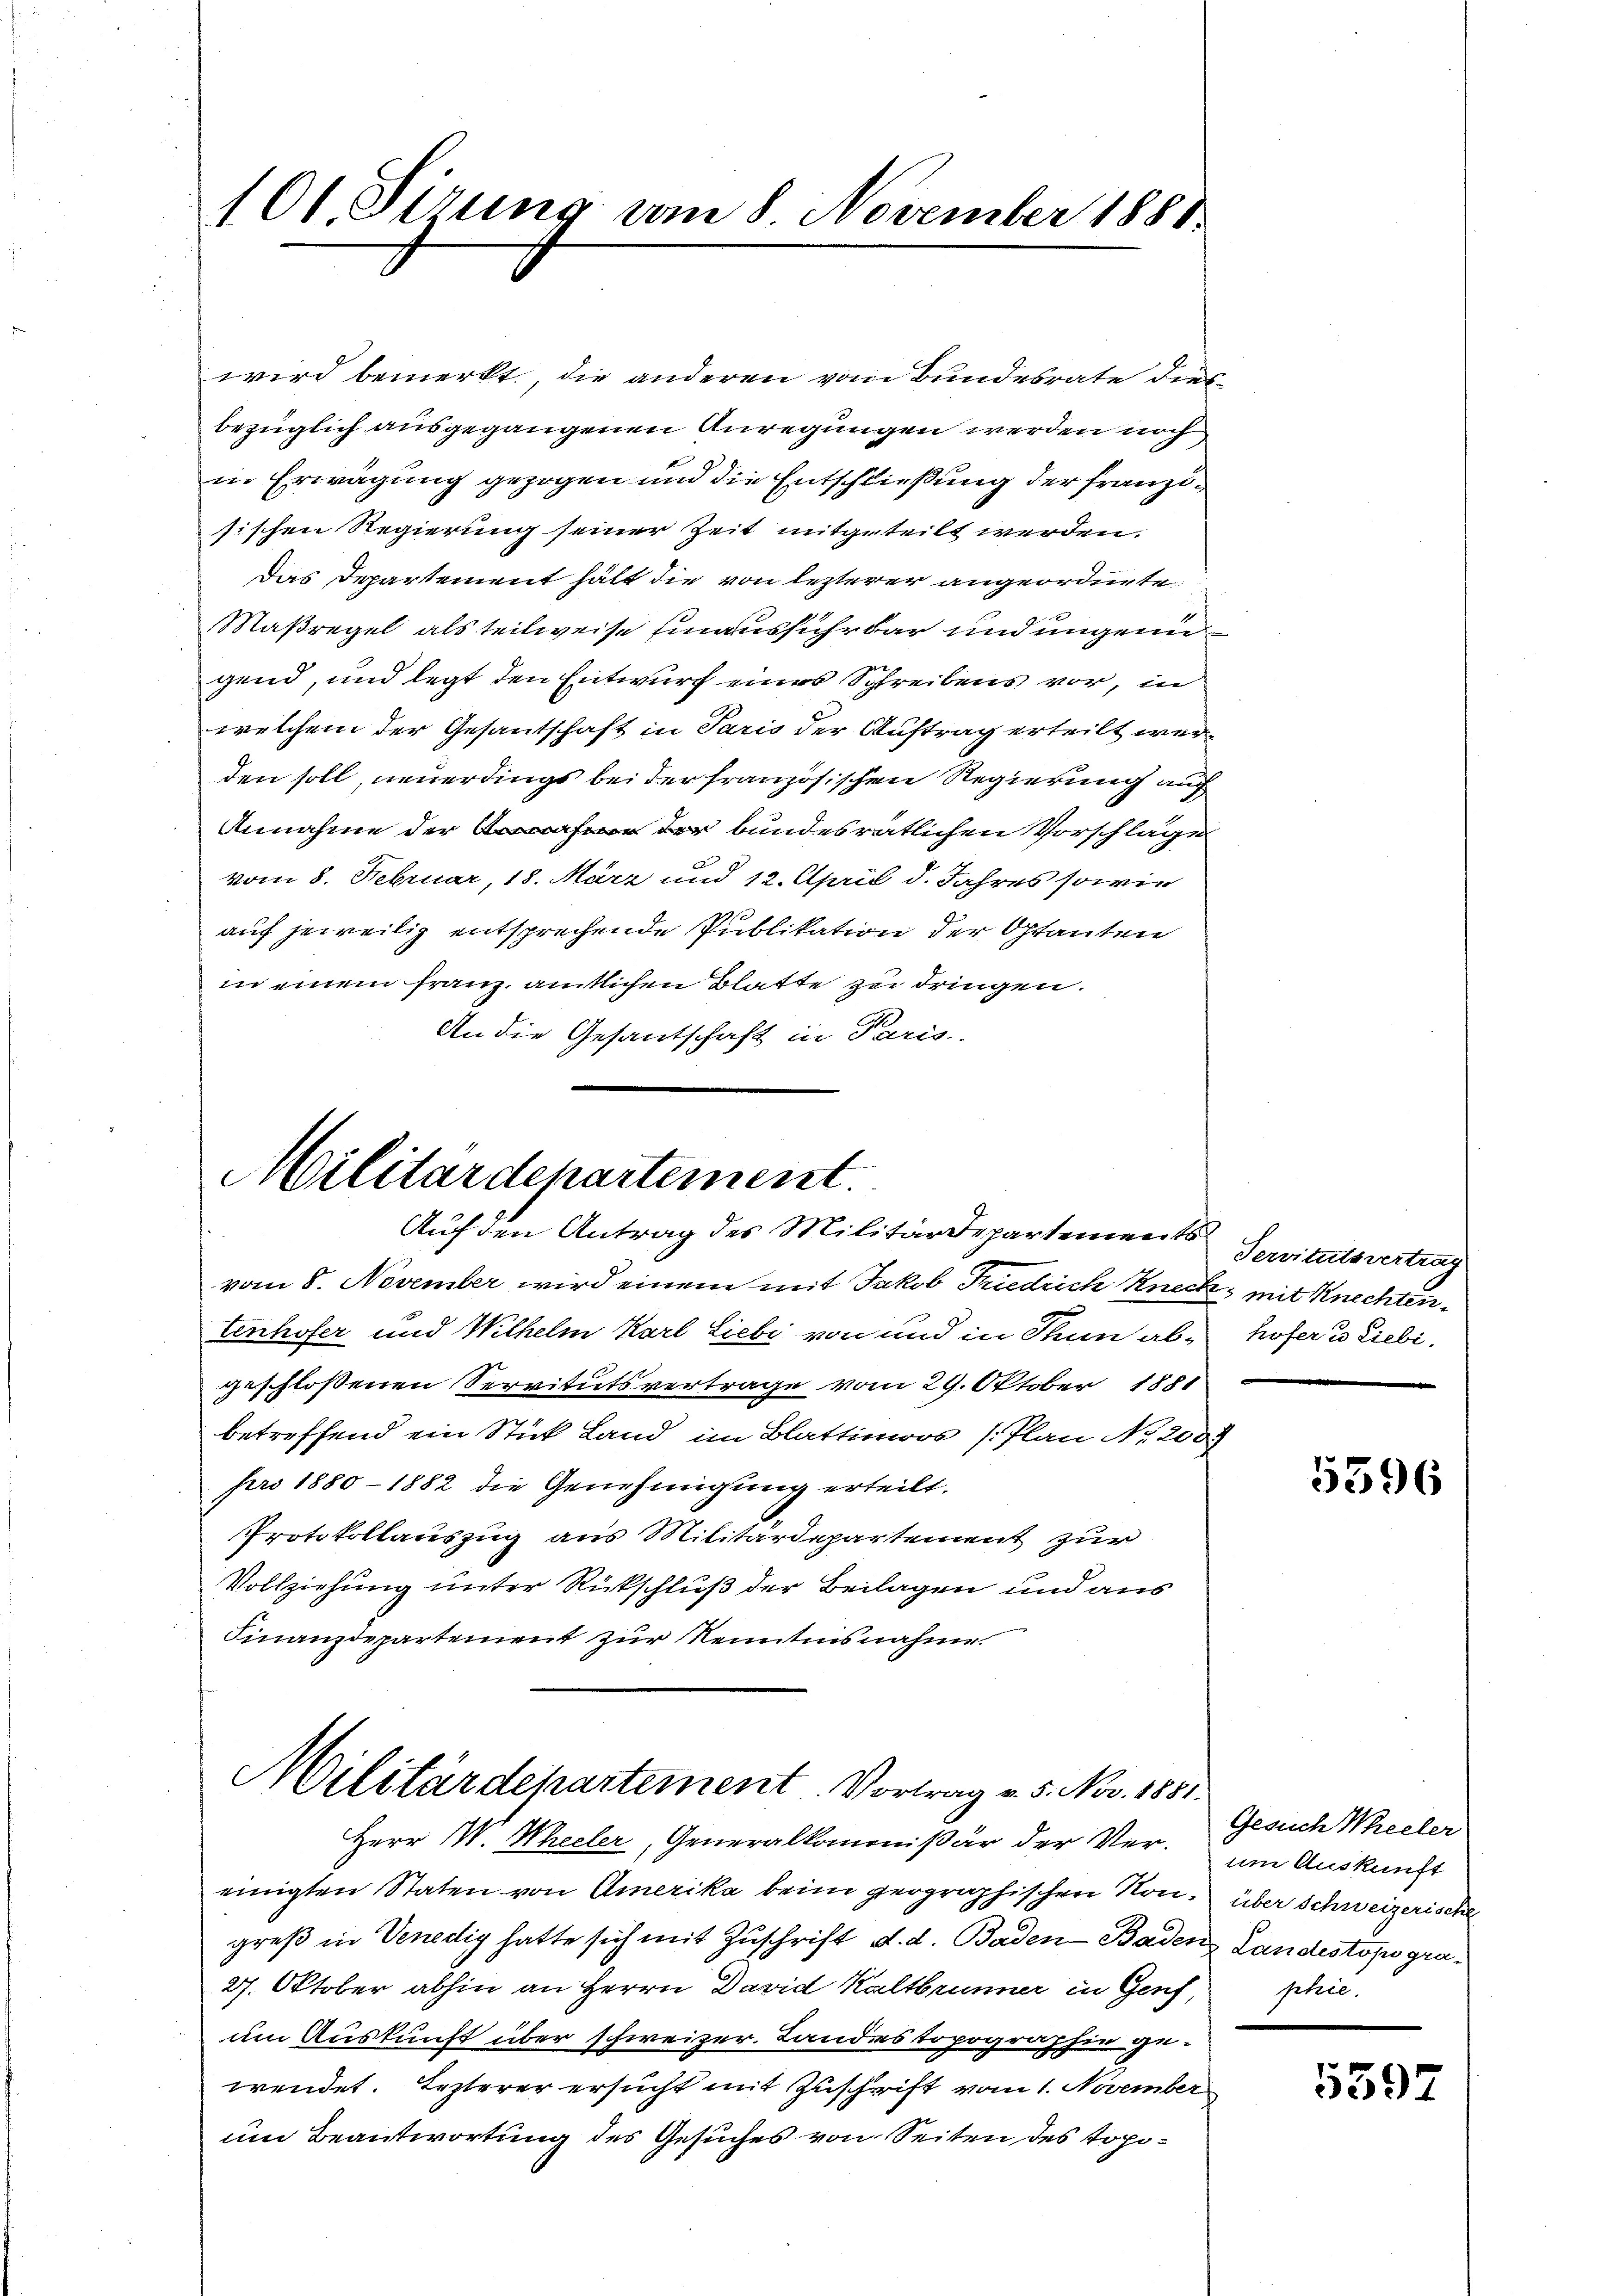
101. Sirung vom 8. November 1888.

wird bemerkt, die anderen vom Bundesrate dies
bezüglich ausgegangenen Anregungen werden noch
in Erwägung gezogen und die Entschließung der franzisischen Regierung seiner Zeit mitgeteilt werden.
Das Departement hält die von lezterer angeordnete
Maßregel als teilweise hinausführ dar und ungengend, und legt den Entwurf eines Schreibens vor, in
welchem der Gesantschaft in Paris der Auftrag erteilt werden soll, neuerdings bei der französischen Regierung auf
Annahme der der bundesrätlichen Vorschlage
vom 8. Februar, 18. März und 12. April d. Jahres sowie
auf jeweilig entsprechende Publikation der Optanten
in einem Franz, amtlichen Blatte zu dringen.
An die Gesantschaft in Paris

Militärdepartement.
Auf den Antrag des Militärdepartements Servitutsvertrag

vom 8. November wird einem mit Jakob Friedrich Kneck, mit Knechtentenhofer und Wilhelm Karl Liebe von und in Thun ab- hofer u. Liebi
geschlossenen Servitutsvertrage vom 29. Oktober 1881
betreffend ein Stück Land im Blattimoos (Plan Nr. 2083
pro 1880 - 1882 die Genehmigung erteilt.
Protokollauszug aus Militärdepartement zur
Vollziehung unter Rückschluß der Beilagen und aus
Finanzdepartement zur Kenntnisnahme.

Militärdepartement. Vortrag v. 5. Nov. 1881.
Herr W. Weiler, Generalkommißär der Ver- um Auskunft

einigten Staten von Amerika beim geographischen Non über Schweizerische
greß in Venedig hatte sich mit Zuschrift d. d. Baden Baden Landestopogra¬
27. Oktober abhin an Herrn David Kaltbrunner in Genf,
um Auskunft über schweizer. Landes topographie gewendet. Lezterer ersucht mit Zuschrift vom 1. November
um Beantwortung des Gesuches von Seiten des Topo¬

5396

Gesuch Weeler
phie.

5397